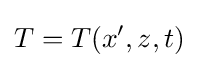
T=T(x',z,t)